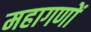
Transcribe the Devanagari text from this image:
महागणों